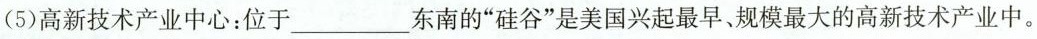
(5)高新技术产业中心：位于___东南的”硅谷”是美国兴起最早、规模最大的高新技术产业中。